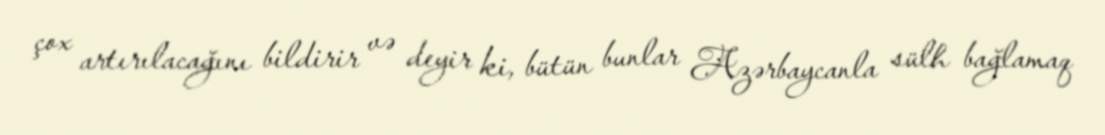
çox artırılacağını bildirir və deyir ki, bütün bunlar Azərbaycanla sülh bağlamaq